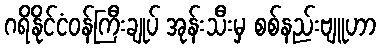
ဂရိနိုင်ငံဝန်ကြီးချုပ် အုန်းသီးမှ စစ်နည်းဗျူဟာ